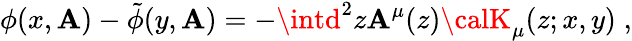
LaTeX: \phi(x,{\cal\mathbf{A}})-\tilde{{\phi}}(y,{\cal\mathbf{A}})=-\intd^{2}z{\cal\mathbf{A}}^{\mu}(z){\calK}_{\mu}(z;x,y)\; ,